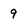
Character: 9